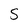
Character: S